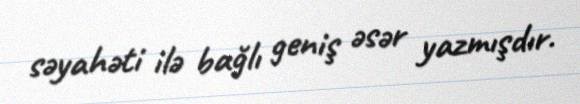
səyahəti ilə bağlı geniş əsər yazmışdır.